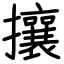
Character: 攘